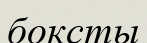
боксты